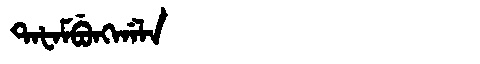
Manchu: ᡨᠠᡶᠠᠮᠪᡠᠩᡤᠠᠯᠠ
Romanization: TAFAMBUNGGALA